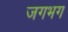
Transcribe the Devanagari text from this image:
जगभग